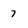
Character: 7